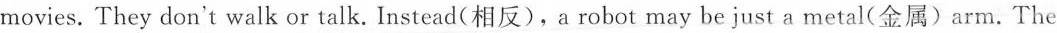
movies. They don't walk or talk. Instead(相反),a robot may be just a metal(金属)arm. The